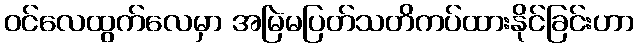
ဝင်လေထွက်လေမှာ အမြဲမပြတ်သတိကပ်ထားနိုင်ခြင်းဟာ